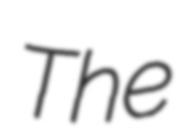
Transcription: The